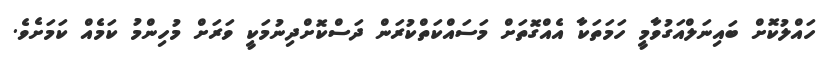
ހައްލުކޮށް ބައިނަލްއަގުވާމީ ހަމަތަކާ އެއްގޮތަށް މަސައްކަތްކުރަން ދަސްކޮށްދިނުމަކީ ވަރަށް މުހިންމު ކަމެއް ކަމަށެވެ.